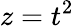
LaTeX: z=t^{2}